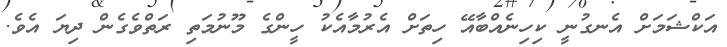
އަކްޝަމަށް އެނގުނީ ކިހިނެއްބާއޭ ހިތަށް އެރުމާއެކު ހީންގެ މޫނުމަތި ރަތްވެގެން ދިޔަ އެވެ.